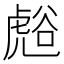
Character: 𮓧